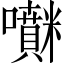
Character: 𡅊